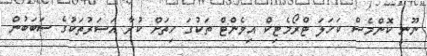
ނޫނީ ކޮންމެސް ކަހަލަ ޓްރޯމެޓިކް އިވެންޓް ތަކުގަ ހިތަށް ކުރާ އަސަރުތަކުގެ ސަބަބުން